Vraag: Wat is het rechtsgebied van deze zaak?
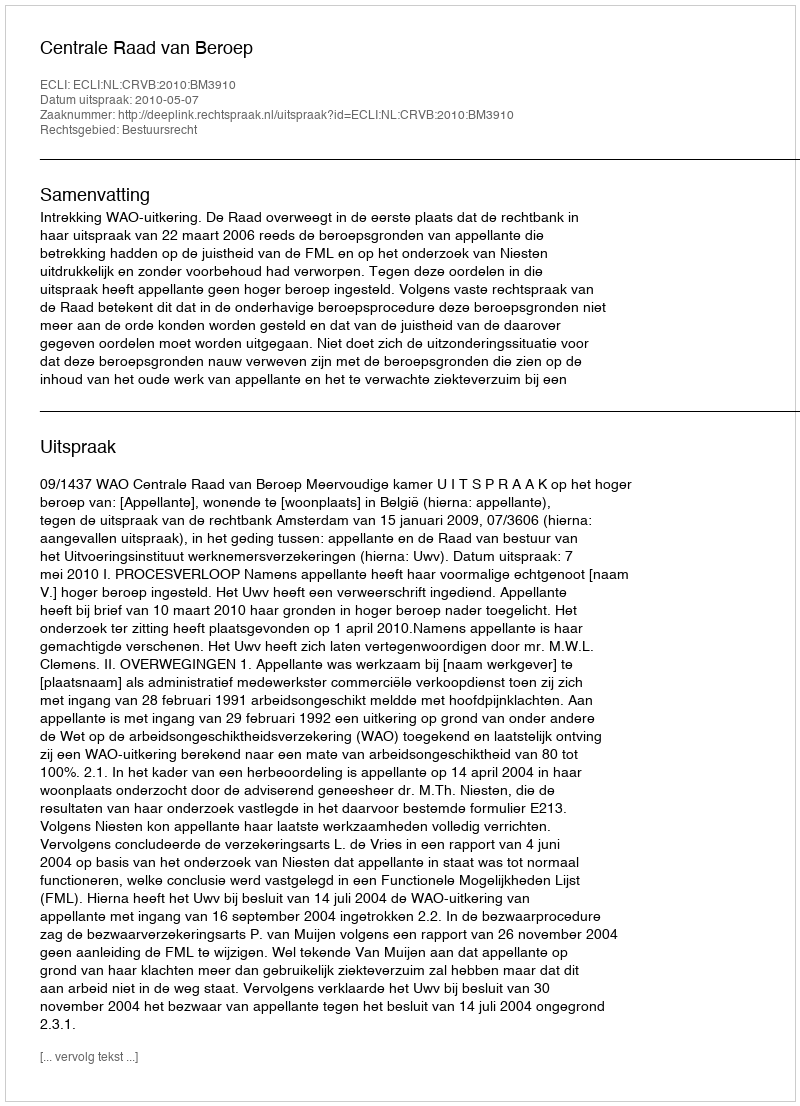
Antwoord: Bestuursrecht